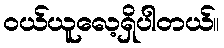
၀ယ်ယူလေ့ရှိပါတယ်။